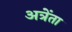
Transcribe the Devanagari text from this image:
अत्रेंता